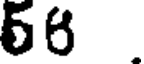
56